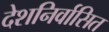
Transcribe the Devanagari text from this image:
देशनिर्वासित